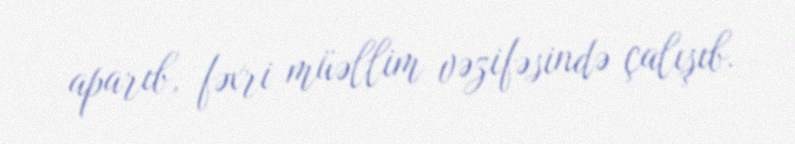
aparıb, fəxri müəllim vəzifəsində çalışıb.